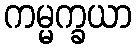
ကမ္မက္ခယာ